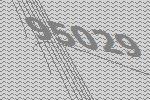
95029